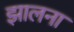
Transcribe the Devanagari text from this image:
झालना